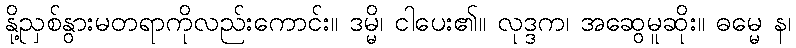
နို့ညှစ်နွားမတရာကိုလည်းကောင်း။ ဒမ္မိ၊ ငါပေး၏။ လုဒ္ဒက၊ အဆွေမူဆိုး။ ဓမ္မေ န၊